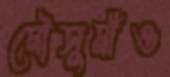
মৌসুমীও